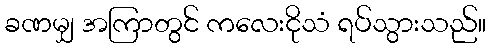
ခဏမျှ အကြာတွင် ကလေးငိုသံ ရပ်သွားသည်။